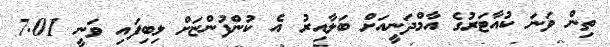
ތިން ވަނަ ކުއާޓަރުގެ އާމްދަނީއަށް ބަލާއިރު އެ ކުންފުންޏަށް ލިބިފައި ވަނީ 7.01